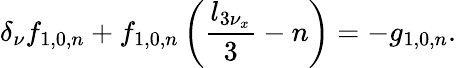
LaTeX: \delta_{\nu}f_{1,0,n}+f_{1,0,n}\left(\frac{l_{3\nu_{x}}}{3}-n\right)=-g_{1,0,n}.